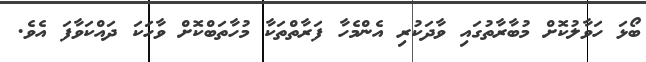
ބޯޅަ ހަވާލުކޮށް މުބާރާތުގައި ވާދަކުރި އެންމެހާ ފަރާތްތަކާ މުހާތަބްކޮށް ވާހަކަ ދައްކަވާފަ އެވެ.